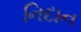
નિદાન